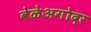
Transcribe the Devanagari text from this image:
वेळेअगोदर